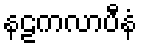
နဠကလာပီနံ